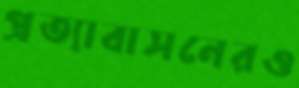
প্রত্যাবাসনেরও